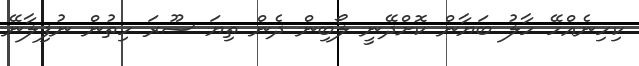
ކިހިނެއްހޭ ހާލު ބަޔާން ކޮށްދޭނީ ލޯބިން ދެން ތިޔަ ސޫރަ ހިތުން ނުފިލާނޭ